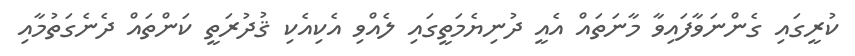
ކުރީގައި ގެންނަވާފައިވާ މާނަތައް އެއީ ދުނިޔެމަތީގައި ލެއްވި އެކިއެކި ޤުދުރަތީ ކަންތައް ދެނެގަތުމާއި